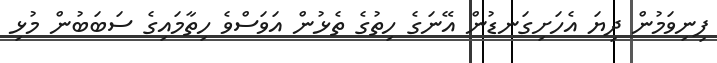
ފިނިވަމުން ދިޔަ އެހަށިގަނޑުން އޭނަގެ ހިތުގެ ތެޅުން އަވަސްވެ ހިތާމައިގެ ސަބަބުން މުޅި